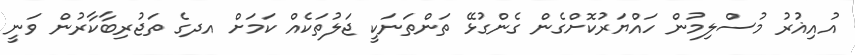
އުއިޣުރު މުސްލިމުން ހައްޔަރުކޮށްގެން ގެންގުޅޭ ތަންތަނަކީ ޖަލުތަކެއް ކަމަށް އދގެ ތަޖުރިބާކާރުން ވަނީ